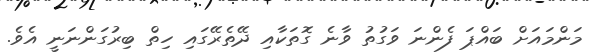
މަންމައަށް ބައްޕަ ފެންނަ ވަގުތު ވާނެ ގޮތަކާއި ދޭތެރޭގައި ހިތް ބިރުގަންނަނީ އެވެ.